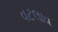
વટલાવ